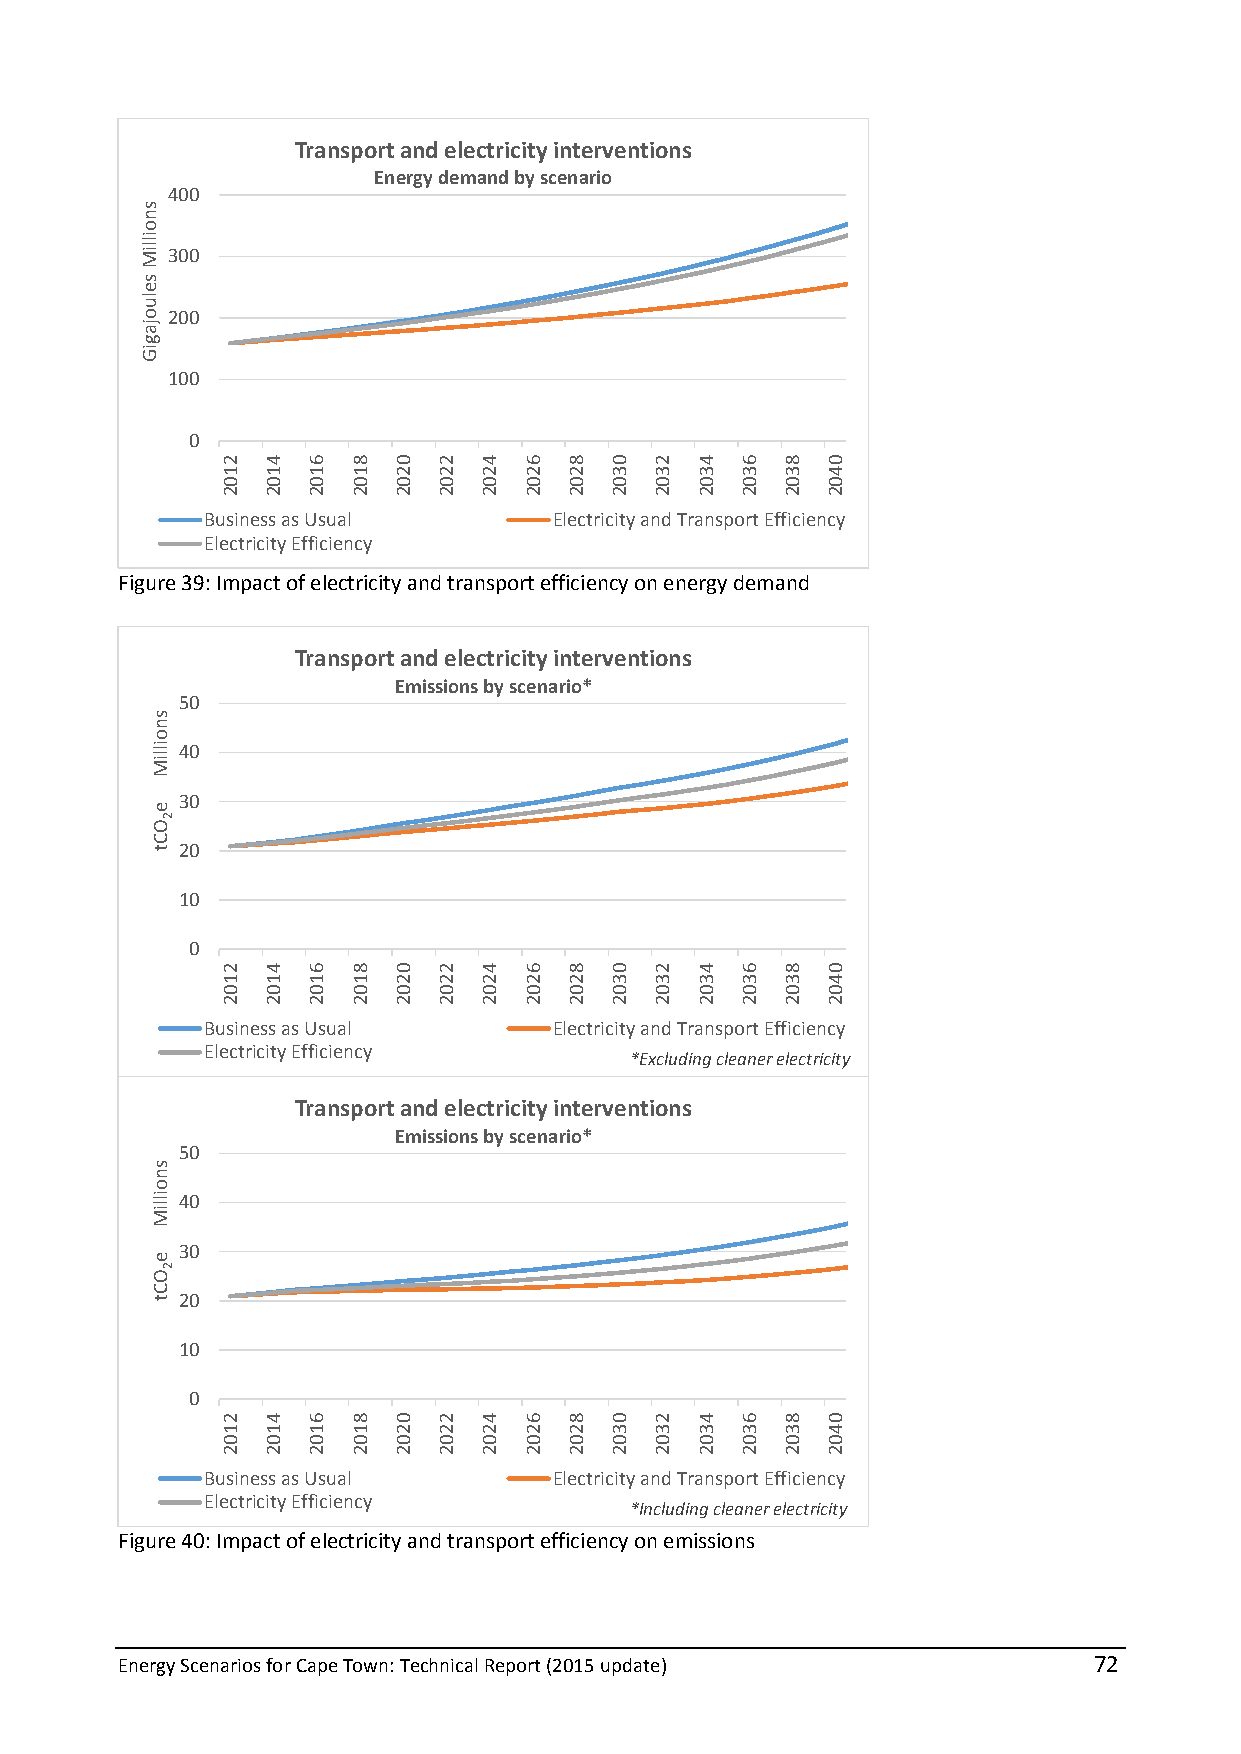
Transport and electricity interventions
 Energy demand by scenario
 400
 300
 200
 100
 0
 Business as Usual      Electricity and Transport Efficiency
 Electricity Efficiency
 Figure 39: Impact of electricity and transport efficiency on energy demand
 Transport and electricity interventions
 Emissions by scenario*
 50
 40
 30
 20
 10
 0
 Business as Usual      Electricity and Transport Efficiency
 Electricity Efficiency
 *Excluding cleaner electricity
 Transport and electricity interventions
 Emissions by scenario*
 50
 40
 30
 20
 10
 0
 Business as Usual      Electricity and Transport Efficiency
 Electricity Efficiency
 *Including cleaner electricity
 Figure 40: Impact of electricity and transport efficiency on emissions
 Energy Scenarios for Cape Town: Technical Report (2015 update)  72
 snoilliMseluojagiG
 snoilliM
 e
 OCt
 snoilliM
 e
 OCt
 2
 2
 2102
 2102
 2102
 4102
 4102
 4102
 6102
 6102
 6102
 8102
 8102
 8102
 0202
 0202
 0202
 2202
 2202
 2202
 4202
 4202
 4202
 6202
 6202
 6202
 8202
 8202
 8202
 0302
 0302
 0302
 2302
 2302
 2302
 4302
 4302
 4302
 6302
 6302
 6302
 8302
 8302
 8302
 0402
 0402
 0402